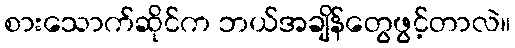
စားသောက်ဆိုင်က ဘယ်အချိန်တွေဖွင့်တာလဲ။